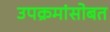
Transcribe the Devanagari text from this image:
उपक्रमांसोबत